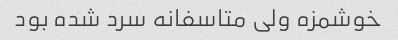
خوشمزه ولی متاسفانه سرد شده بود